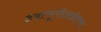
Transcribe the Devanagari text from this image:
डबल्यूपीआईएक्स